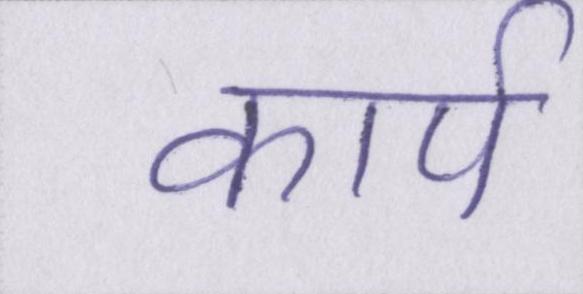
कार्प